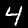
Digit: 4